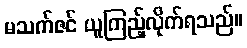
မသက်ဇင် ယူကြည့်လိုက်ရသည်။